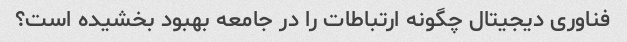
فناوری دیجیتال چگونه ارتباطات را در جامعه بهبود بخشیده است؟